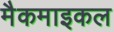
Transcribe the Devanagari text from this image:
मैकमाइकल